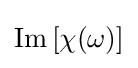
{\text{Im}}\left[\chi (\omega )\right]